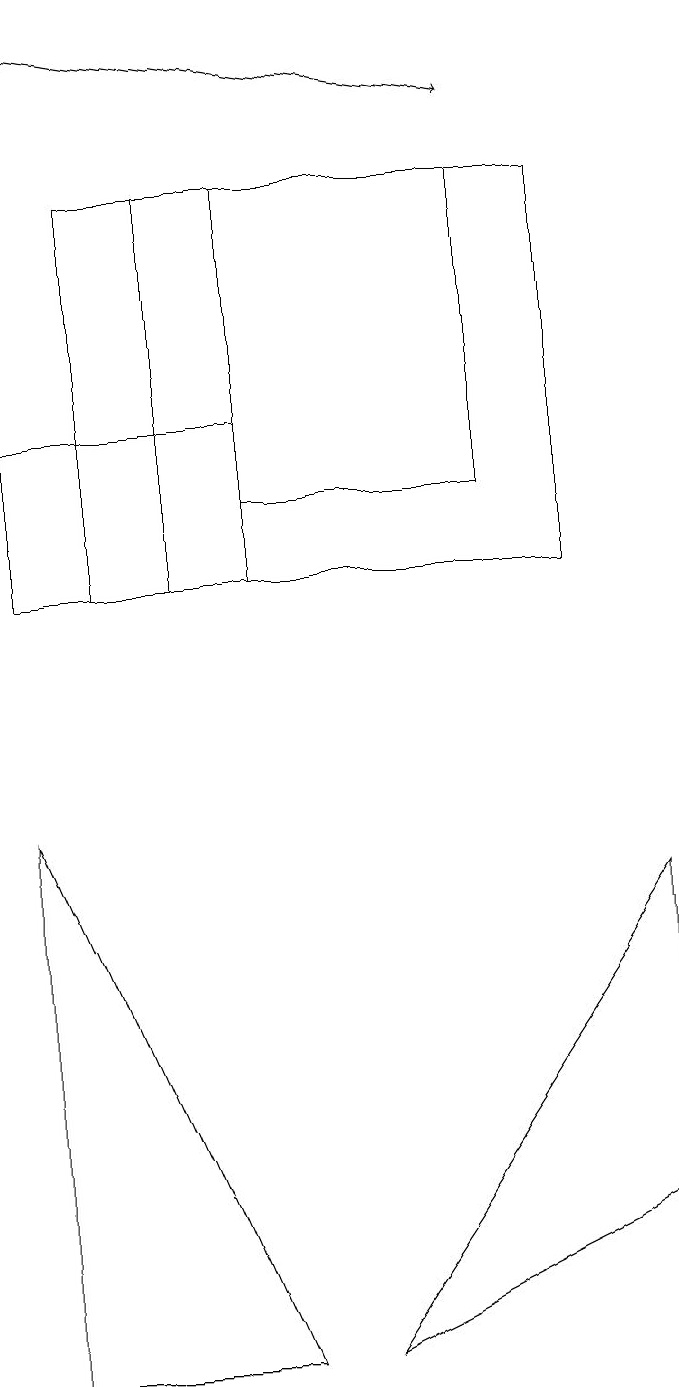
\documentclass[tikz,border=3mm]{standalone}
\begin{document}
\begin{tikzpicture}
\draw (4,10) rectangle (1,12);
\draw (2,10) rectangle (8,15);
\draw (1,0) -- (1,7) -- (4,0) -- cycle;
\draw[->] (1,17) -- (7,16);
\draw (5,0) -- (9,6) -- (9,2) -- cycle;
\draw (3,10) rectangle (3,15);
\draw (4,12) rectangle (4,15);
\draw (7,15) rectangle (4,11);
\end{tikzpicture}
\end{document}